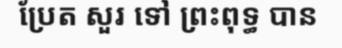
ប្រែត សួរ ទៅ ព្រះពុទ្ធ បាន